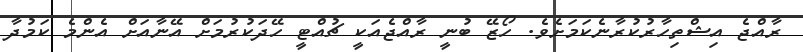
ރާއްޖެ އިޝްތިހާރުކުރާނެކަމަށެވެ. ހޯޒޭ ބުނީ ރާއްޖެއަކީ ޗުއްޓީ ހޭދަކުރުމަށް އޭނާއަށް އެންމެ ކަމުދާ